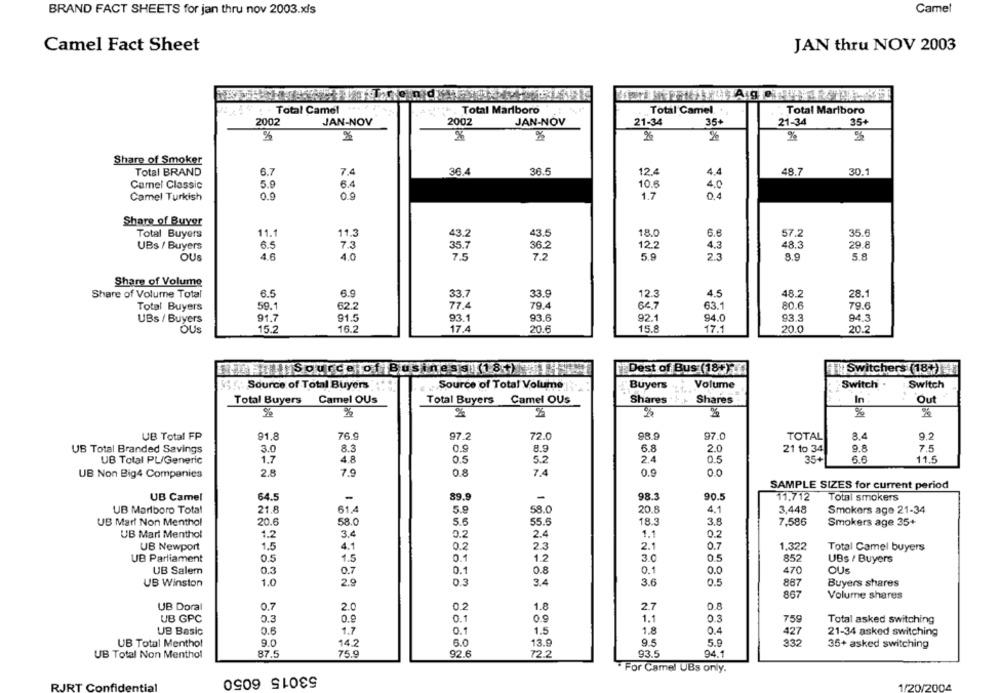
BRAND FACT SHEETS for jan thru nov 2003.xfs
Camel
Camel Fact Sheet
JAN thru NOV 2003
nd
Total Camel
Total Marlboro
Total Camel.
Total Marlboro
2002
JAN-NOV
2002
JAN-NOV
21-34
35+
21-34
35+
%
%
%
%
%
%
%
Share of Smoker
Total BRAND
6.7
7.4
36.4
36.5
12.4
4,4
48.7
30.1
Camel Classic
5.9
6.4
10.6
4,0
Camel Turkish
0.9
0.9
1.7
0,4
Share of Buyer
Total Buyers
11.1
11.3
43.2
43.5
18.0
6.6
57.2
35.6
UBs / Buyers
6.5
7.3
35.7
36.2
12.2
4.3
48.3
29.8
OUS
4.6
4.0
7.5
7.2
5.9
2.3
8.9
5.8
Share of Volume
Share of Volume Total
6.5
6.9
33.7
33.9
12.3
4.5
48.2
28.1
79.4
66.7
63.1
80.6
79.6
Total Buyers
59.1
62.2
77.4
UBs / Buyers
91.7
91.5
93.1
93.6
92.1
94.0
93.3
94.3
OUS
15.2
16.2
174
20.6
15.8
17.1
20.0
20.2
A Sourceof Business11 8.)
Dest of Bus (18+)
Switchers (18+)
Source of Total Buyers
Source of Total Volume
Buyers
Volume
Switch .
Switch
Total Buyers Camel OUs
Total Buyers Camel OUs
Shares
Shares
In
Out
%
%
%
2
%
%
UB Total FP
91.8
76.9
97.2
72.0
98.9
97.0
TOTAL
8.4
9.2
UB Total Branded Savings
3.0
8.3
8.9
6.8
2.0
21 to 34
9.8
7.5
UB Total PL/Generic
1.7
4.8
0.5
5.2
2.4
35+
6.6
11.5
UB Non Big4 Companies
2.8
7.9
0.8
7.4
0.9
0.0
SAMPLE SIZES for current period
UB Camel
64.5
89.9
-
98.3
90.5
11,712
Total smokers
UB Marlboro Total
21.8
61.4
5.9
58.0
20.8
4.1
3,448
Smokers age 21-34
UB Mar! Non Menthol
20.6
58.0
5.
55.5
18.3
3.8
7,586
Smokers age 35+
UB Mari Menthol
1.2
3.4
0.2
2.4
1.1
0.2
UB Newport
1.5
4.1
0.2
2.3
2.1
0.7
1.322
Total Camel buyers
UB Parliament
0.5
1.5
0.1
1.2
3.0
0.5
852
UBs / Buyers
UB Salem
0.3
0.7
0.1
0.8
0.1
0.0
470
OUS
UB Winston
1.0
2.9
3.4
3.6
0.5
887
0.3
Buyers shares
867
Volume shares
UB Doral
0.7
2.0
0.2
1.8
2.7
0.3
UB GPC
0.3
0.1
09
1.1
759
Total asked switching
UB Basic
0.6
1.7
0.1
1.5
1.8
0.4
427
21-34 asked switching
UB Total Menthol
9.0
14.2
6.0
13.9
9.5
5.9
332
35+ asked switching
UB Total Non Menthol
87.5
75.9
92.6
72.2
93.5
94.1
53015 6050
For Camel UBs only.